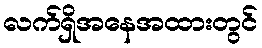
လက်ရှိအနေအထားတွင်